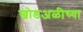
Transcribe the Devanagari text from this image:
खोडअळीच्या